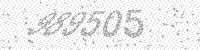
Solution: 989505